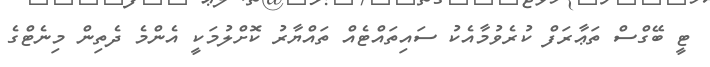
ޓީ ބޭގްސް ތަޢާރަފް ކުރެވުމާއެކު ސައިތައްޓެއް ތައްޔާރު ކޮށްލުމަކީ އެންމެ ދެތިން މިނެޓްގެ